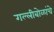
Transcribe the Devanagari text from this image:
गल्लीबोळांचे